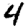
Digit: 4